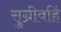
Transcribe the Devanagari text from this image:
सुग्रीवहिं